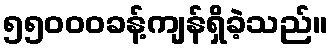
၅၅၀၀၀ခန့်ကျန်ရှိခဲ့သည်။